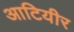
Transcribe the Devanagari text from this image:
आटियीर